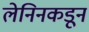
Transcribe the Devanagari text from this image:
लेनिनकडून